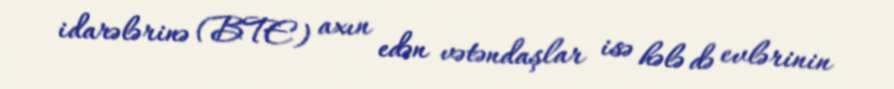
idarələrinə (BTE) axın edən vətəndaşlar isə hələ də evlərinin